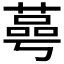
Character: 𦹛